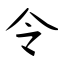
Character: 令